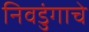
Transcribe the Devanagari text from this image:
निवडुंगाचे